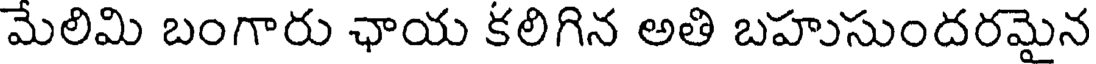
మేలిమి బంగారు ఛాయ కలిగిన అతి బహుసుందరమైన